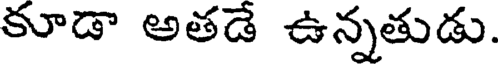
కూడా అతడే ఉన్నతుడు.